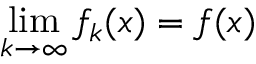
\operatorname* { l i m } _ { k \to \infty } f _ { k } ( x ) = f ( x )